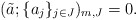
\begin{align*}(\tilde{a};\{a_j\}_{j\in J})_{m,J}=0.\end{align*}